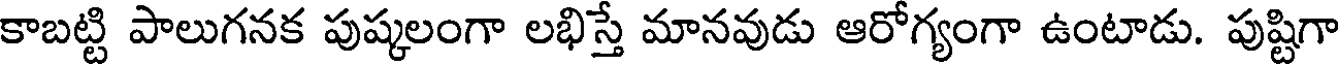
కాబట్టి పాలుగనక పుష్కలంగా లభిస్తే మానవుడు ఆరోగ్యంగా ఉంటాడు. పుష్టిగా